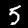
Label: 5